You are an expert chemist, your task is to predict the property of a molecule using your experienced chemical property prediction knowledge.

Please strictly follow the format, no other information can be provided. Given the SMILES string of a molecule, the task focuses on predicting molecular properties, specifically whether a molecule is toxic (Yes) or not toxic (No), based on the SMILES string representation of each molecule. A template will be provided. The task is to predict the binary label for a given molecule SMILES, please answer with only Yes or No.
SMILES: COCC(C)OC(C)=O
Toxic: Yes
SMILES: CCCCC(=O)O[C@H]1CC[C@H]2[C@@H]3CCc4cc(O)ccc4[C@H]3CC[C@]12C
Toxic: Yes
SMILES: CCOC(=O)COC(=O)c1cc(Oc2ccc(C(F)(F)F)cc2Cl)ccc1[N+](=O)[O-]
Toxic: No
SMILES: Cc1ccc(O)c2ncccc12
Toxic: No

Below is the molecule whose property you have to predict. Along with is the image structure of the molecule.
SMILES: Nc1ccc2ccccc2c1S(=O)(=O)O
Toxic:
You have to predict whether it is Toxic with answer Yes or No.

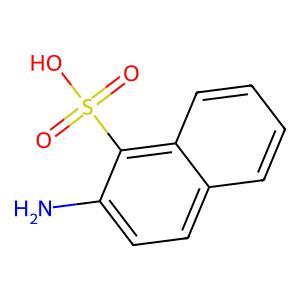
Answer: No